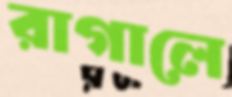
রাগালে